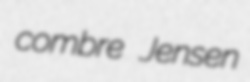
combre Jensen